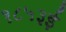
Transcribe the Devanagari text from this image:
१८५३ई